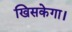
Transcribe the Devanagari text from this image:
खिसकेगा।